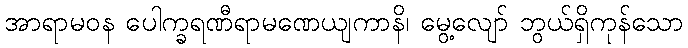
အာရာမဝန ပေါက္ခရဏီရာမဏေယျကာနိ၊ မွေ့လျော် ဘွယ်ရှိကုန်သော